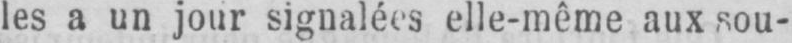
les a un jour signalées elle-même aux sou-